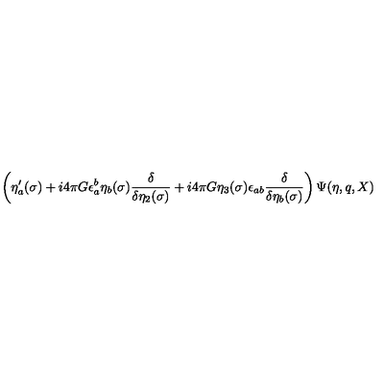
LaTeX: \left( \eta _ { a } ^ { \prime } ( \sigma ) + i 4 \pi G \epsilon _ { a } ^ { b } \eta _ { b } ( \sigma ) { \frac { \delta } { \delta \eta _ { 2 } ( \sigma ) } } + i 4 \pi G \eta _ { 3 } ( \sigma ) \epsilon _ { a b } { \frac { \delta } { \delta \eta _ { b } ( \sigma ) } } \right) \Psi ( \eta , q , X ) \hspace * { \fill }